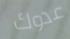
عدوك